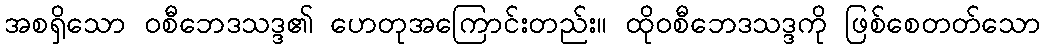
အစရှိသော ဝစီဘေဒသဒ္ဒ၏ ဟေတုအကြောင်းတည်း။ ထိုဝစီဘေဒသဒ္ဒကို ဖြစ်စေတတ်သော